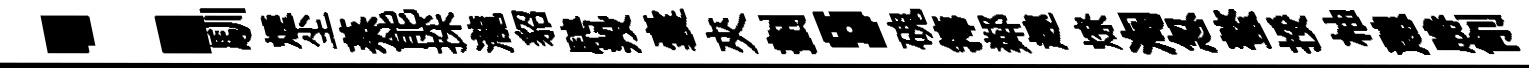
：馴煙尘蒸能採瀧貂騁羖囊夾劃，磈籜鄰趣燎淘忽螯挼柚憩勝削